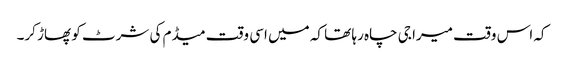
کہ اس وقت میرا جی چاہ رہا تھا کہ میں اسی وقت میڈم کی شرٹ کو پھاڑ کر۔